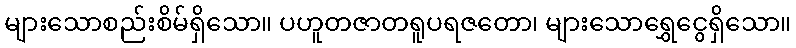
များသောစည်းစိမ်ရှိသော။ ပဟူတဇာတရူပရဇတော၊ များသောရွှေငွေရှိသော။